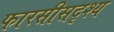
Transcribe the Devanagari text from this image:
फारसीसदृश्य